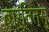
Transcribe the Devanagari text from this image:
बार्तित्सु